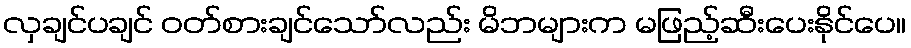
လှချင်ပချင် ဝတ်စားချင်သော်လည်း မိဘများက မဖြည့်ဆီးပေးနိုင်ပေ။